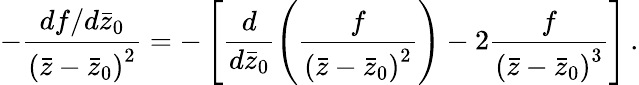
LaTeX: -\frac{df/d\bar{z}_{0}}{\left(\bar{z}-\bar{z}_{0}\right)^{2}}=-\left[\frac{d}{d\bar{z}_{0}}\left(\frac{f}{\left(\bar{z}-\bar{z}_{0}\right)^{2}}\right)-2\frac{f}{\left(\bar{z}-\bar{z}_{0}\right)^{3}}\right]\, .